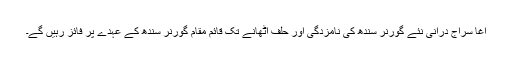
آغا سراج درانی نئے گورنر سندھ کی نامزدگی اور حلف اٹھانے تک قائم مقام گورنر سندھ کے عہدے پر فائز رہیں گے۔